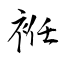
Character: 袵